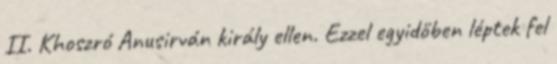
II. Khoszró Anusirván király ellen. Ezzel egyidőben léptek fel